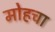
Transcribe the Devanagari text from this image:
मोहचा